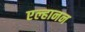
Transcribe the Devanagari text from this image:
एल्हानन